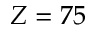
Z = 7 5